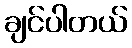
ချင်ပါတယ်